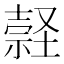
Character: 𡑚